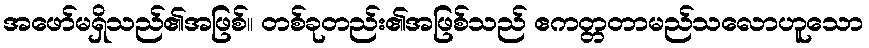
အဖော်မရှိသည်၏အဖြစ်။ တစ်ခုတည်း၏အဖြစ်သည် ဧကတ္တတာမည်သလောဟူသော